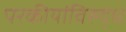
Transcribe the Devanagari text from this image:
परकीयांविरुद्ध